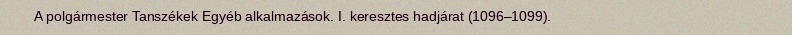
A polgármester Tanszékek Egyéb alkalmazások. I. keresztes hadjárat (1096–1099).